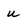
Character: u